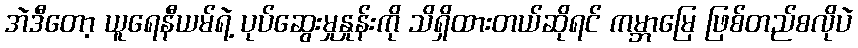
အဲဒီတော့ ယူရေနီယမ်ရဲ့ ပုပ်ဆွေးမှုနှုန်းကို သိရှိထားတယ်ဆိုရင် ကမ္ဘာမြေ ဖြစ်တည်စလိုပဲ